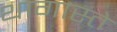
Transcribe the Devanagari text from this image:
थागास्ते